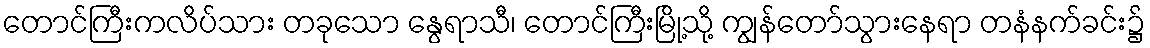
တောင်ကြီးကလိပ်သား တခုသော နွေရာသီ၊ တောင်ကြီးမြို့သို့ ကျွန်တော်သွားနေရာ တနံနက်ခင်း၌